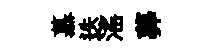
慕迭滛莾